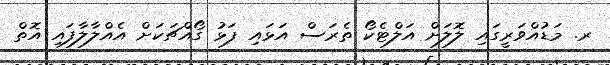
ރ. މަޑުއްވަރީގައި ލޮލަށް އަލްޓެކޯ ތެރަސް އަޅައި ފަޅު ގޯއްޗަކަށް އެއްލާލާފައި އޮތް